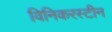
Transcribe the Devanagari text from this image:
विनिकरस्टीन